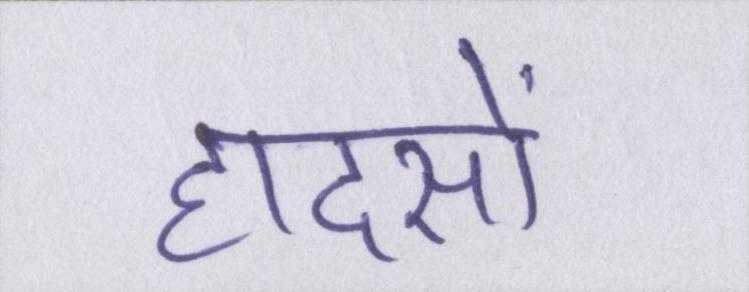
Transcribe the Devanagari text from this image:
हादसों